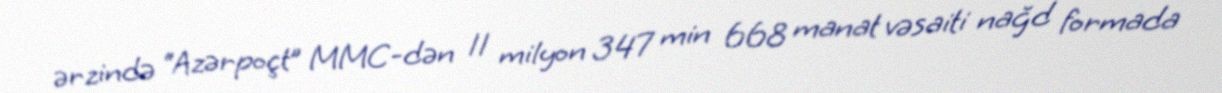
ərzində “Azərpoçt” MMC-dən 11 milyon 347 min 668 manat vəsaiti nağd formada